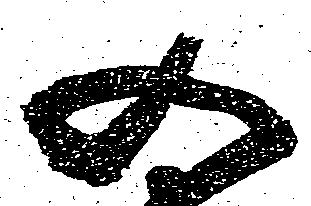
又